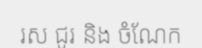
រស ជូរ និង ចំណែក